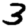
Digit: 3